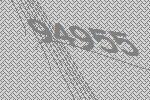
94955